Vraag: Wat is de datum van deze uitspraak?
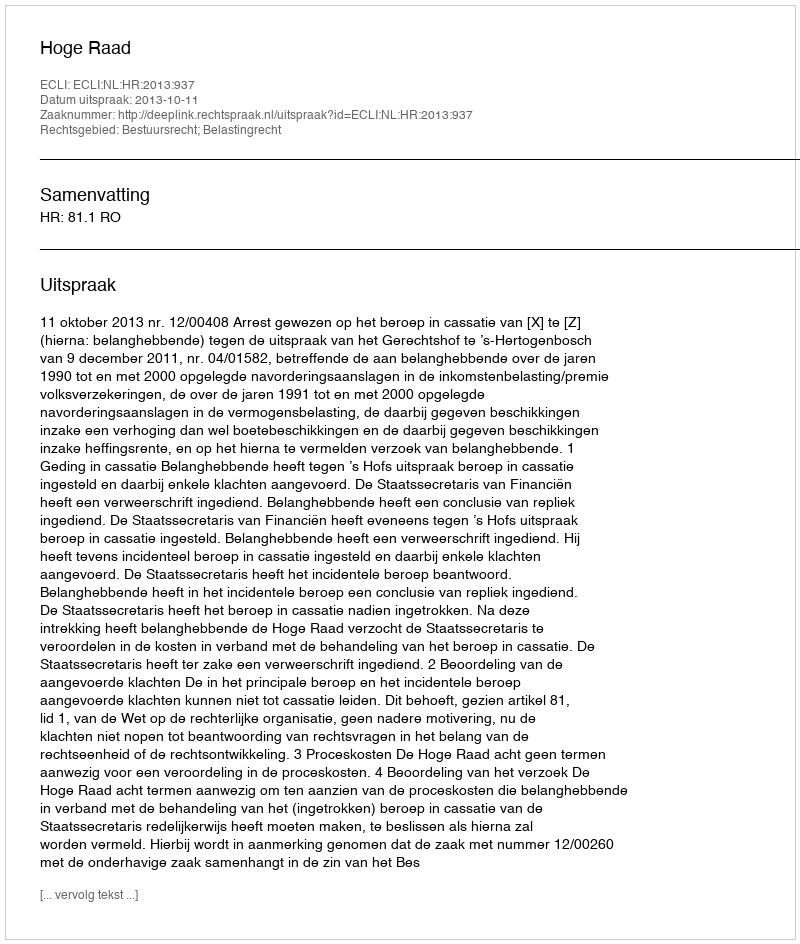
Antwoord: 2013-10-11